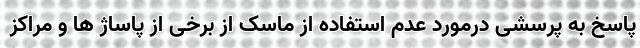
پاسخ به پرسشی درمورد عدم استفاده از ماسک از برخی از پاساژ ها و مراکز